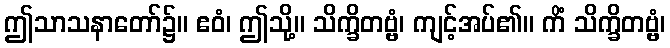
ဤသာသနာတော်၌။ ဧဝံ၊ ဤသို့။ သိက္ခိတဗ္ဗံ၊ ကျင့်အပ်၏။ ကိံ သိက္ခိတဗ္ဗံ၊